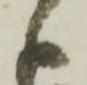
々